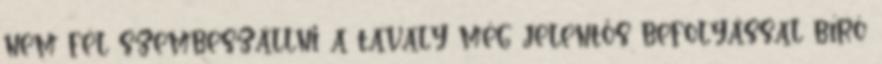
nem fél szembeszállni a tavaly még jelentős befolyással bíró